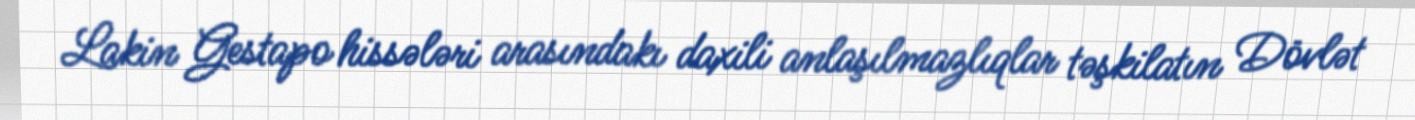
Lakin Gestapo hissələri arasındakı daxili anlaşılmazlıqlar təşkilatın Dövlət